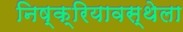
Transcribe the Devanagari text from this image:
निष्क्रियावस्थेला